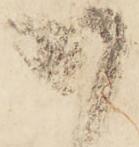
御